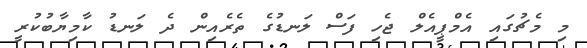
މި މެޗުގައި އެމްޕީއެލް ޖެހި ފަސް ލަނޑުގެ ތެރެއިން ދެ ލަނޑު ކާމިޔާބުކުރީ